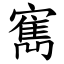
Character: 寯